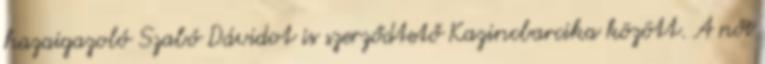
hazaigazoló Szabó Dávidot is szerződtető Kazincbarcika között. A női